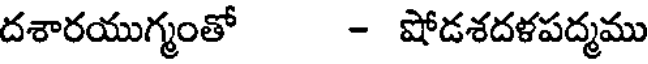
దశారయుగ్మంతో - షోడశదళపద్మము